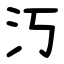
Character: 汅